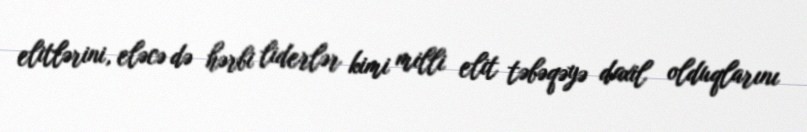
elitlərini, eləcə də hərbi liderlər kimi milli elit təbəqəyə daxil olduqlarını